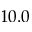
1 0 . 0